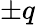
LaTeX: \pm q